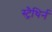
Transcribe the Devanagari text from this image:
स्ट्रैथिर्न